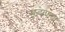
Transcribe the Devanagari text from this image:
मुहाफ़धा